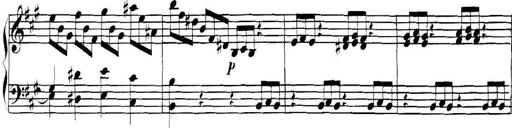
Title: Collected Piano Sonatas
Composer: Muzio Clementi